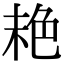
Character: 𦫕